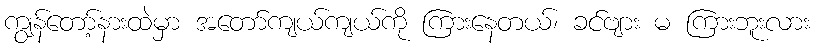
ကျွန်တော့်နားထဲမှာ အတော်ကျယ်ကျယ်ကို ကြားနေတယ်၊ ခင်ဗျား မ ကြားဘူးလား